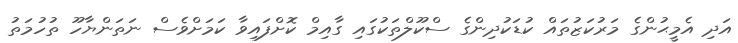
އަދި އެމީޙުންގެ މަރުކަޒުތައް ކުޑަކުދިންގެ ސްކޫލްތަކުގައި ގާއިމް ކޮށްފައިވާ ކަމަށްވެސް ނަތަންޔާހޫ ތުހުމަތު